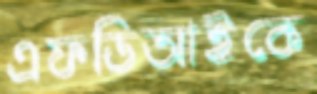
এফডিআইকে